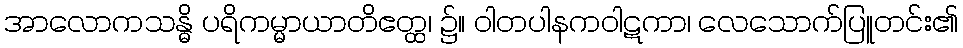
အာလောကသန္ဓိ ပရိကမ္မာယာတိဧတ္ထ၊ ၌။ ဝါတပါနကဝါဋကာ၊ လေသောက်ပြူတင်း၏